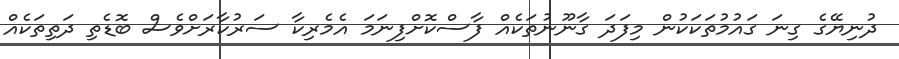
ދުނިޔޭގެ ގިނަ ގައުމުތަކަކުން މިފަދަ ގާނޫނުތަކެއް ފާސްކޮށްފިނަމަ އެމެރިކާ ސަރުކާރަށްވެސް ބޮޑެތި ދަތިތަކެއް